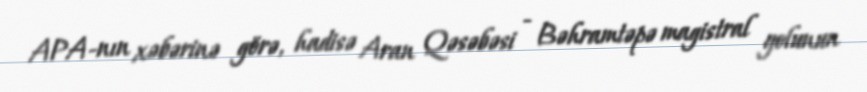
APA-nın xəbərinə görə, hadisə Aran Qəsəbəsi - Bəhramtəpə magistral yolunun